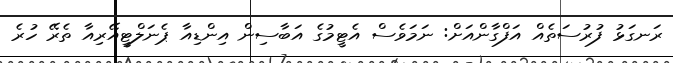
ރަނގަޅު ފުރުސަތެއް އަފްގާންއަށް: ނަމަވެސް އެޓީމުގެ އަބާސިން އިންޑިއާ ޕެނަލްޓީއޭރިއާ ތެރޭ ހުރެ